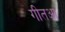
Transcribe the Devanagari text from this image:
गीतआ